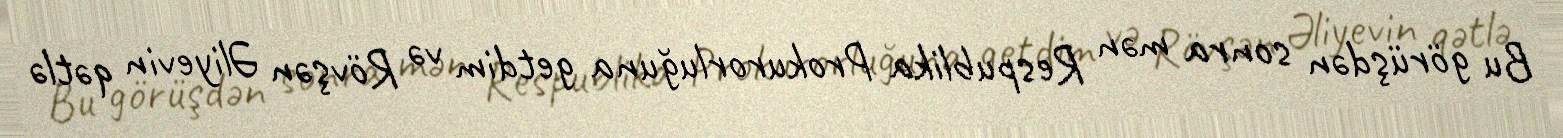
Bu görüşdən sonra mən Respublika Prokurorluğuna getdim və Rövşən Əliyevin qətlə